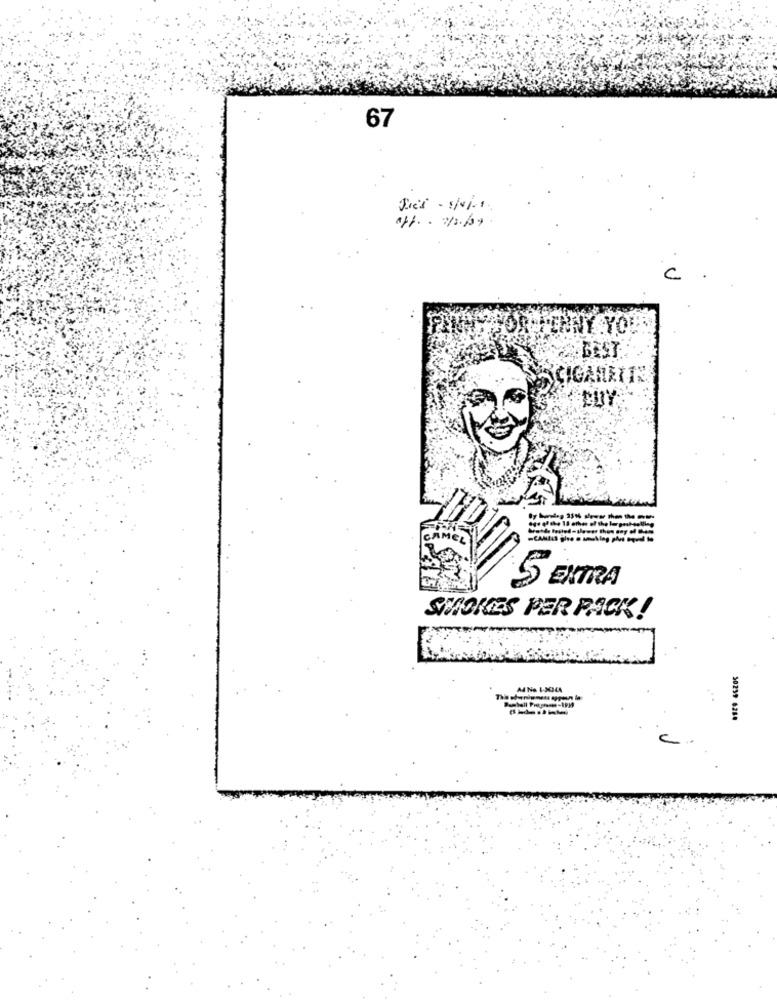
67
apt. . 12.
CONORUPENNY .YOU
BEST
SCIGARETTE
-CAMELS BIRD
5 EXTRA
SMOKIES PER PACK!
A4 No 1-3044
50239 6288
c